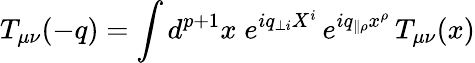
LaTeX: T_{\mu\nu}(-q)=\int d^{p+1}x\; e^{iq_{\perp i}X^{i}}\, e^{iq_{\parallel\rho}x^{\rho}}\, T_{\mu\nu}(x)